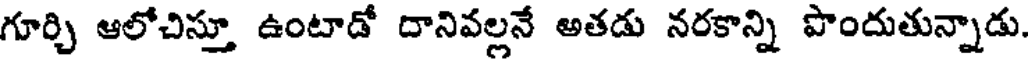
గూర్చి ఆలోచిస్తూ ఉంటాడో దానివల్లనే అతడు నరకాన్ని పొందుతున్నాడు.